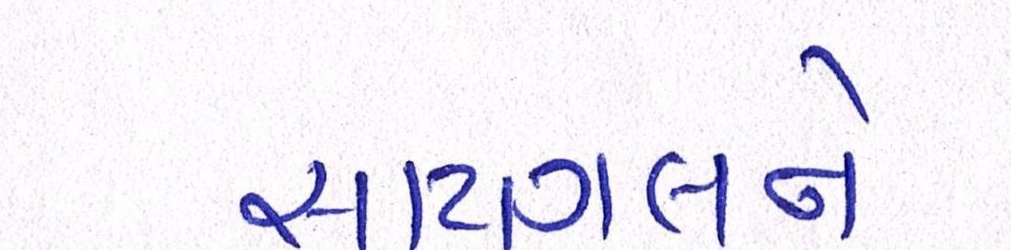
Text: સાયગલને